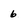
Character: 6